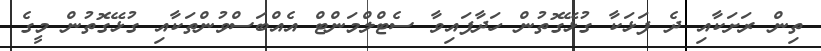
ތިން ރަށަކާއި ދެ ފަޅަކާ ގުޅޭގޮތުން ހަދާފައިވާ ސެޓްލްމަންޓް އެއްބަސްވުންތަކާއި ގުޅޭގޮތުން މީގެ